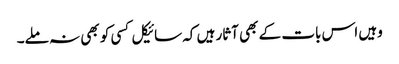
وہیں اس بات کے بھی آثار ہیں کہ سائیکل کسی کو بھی نہ ملے۔